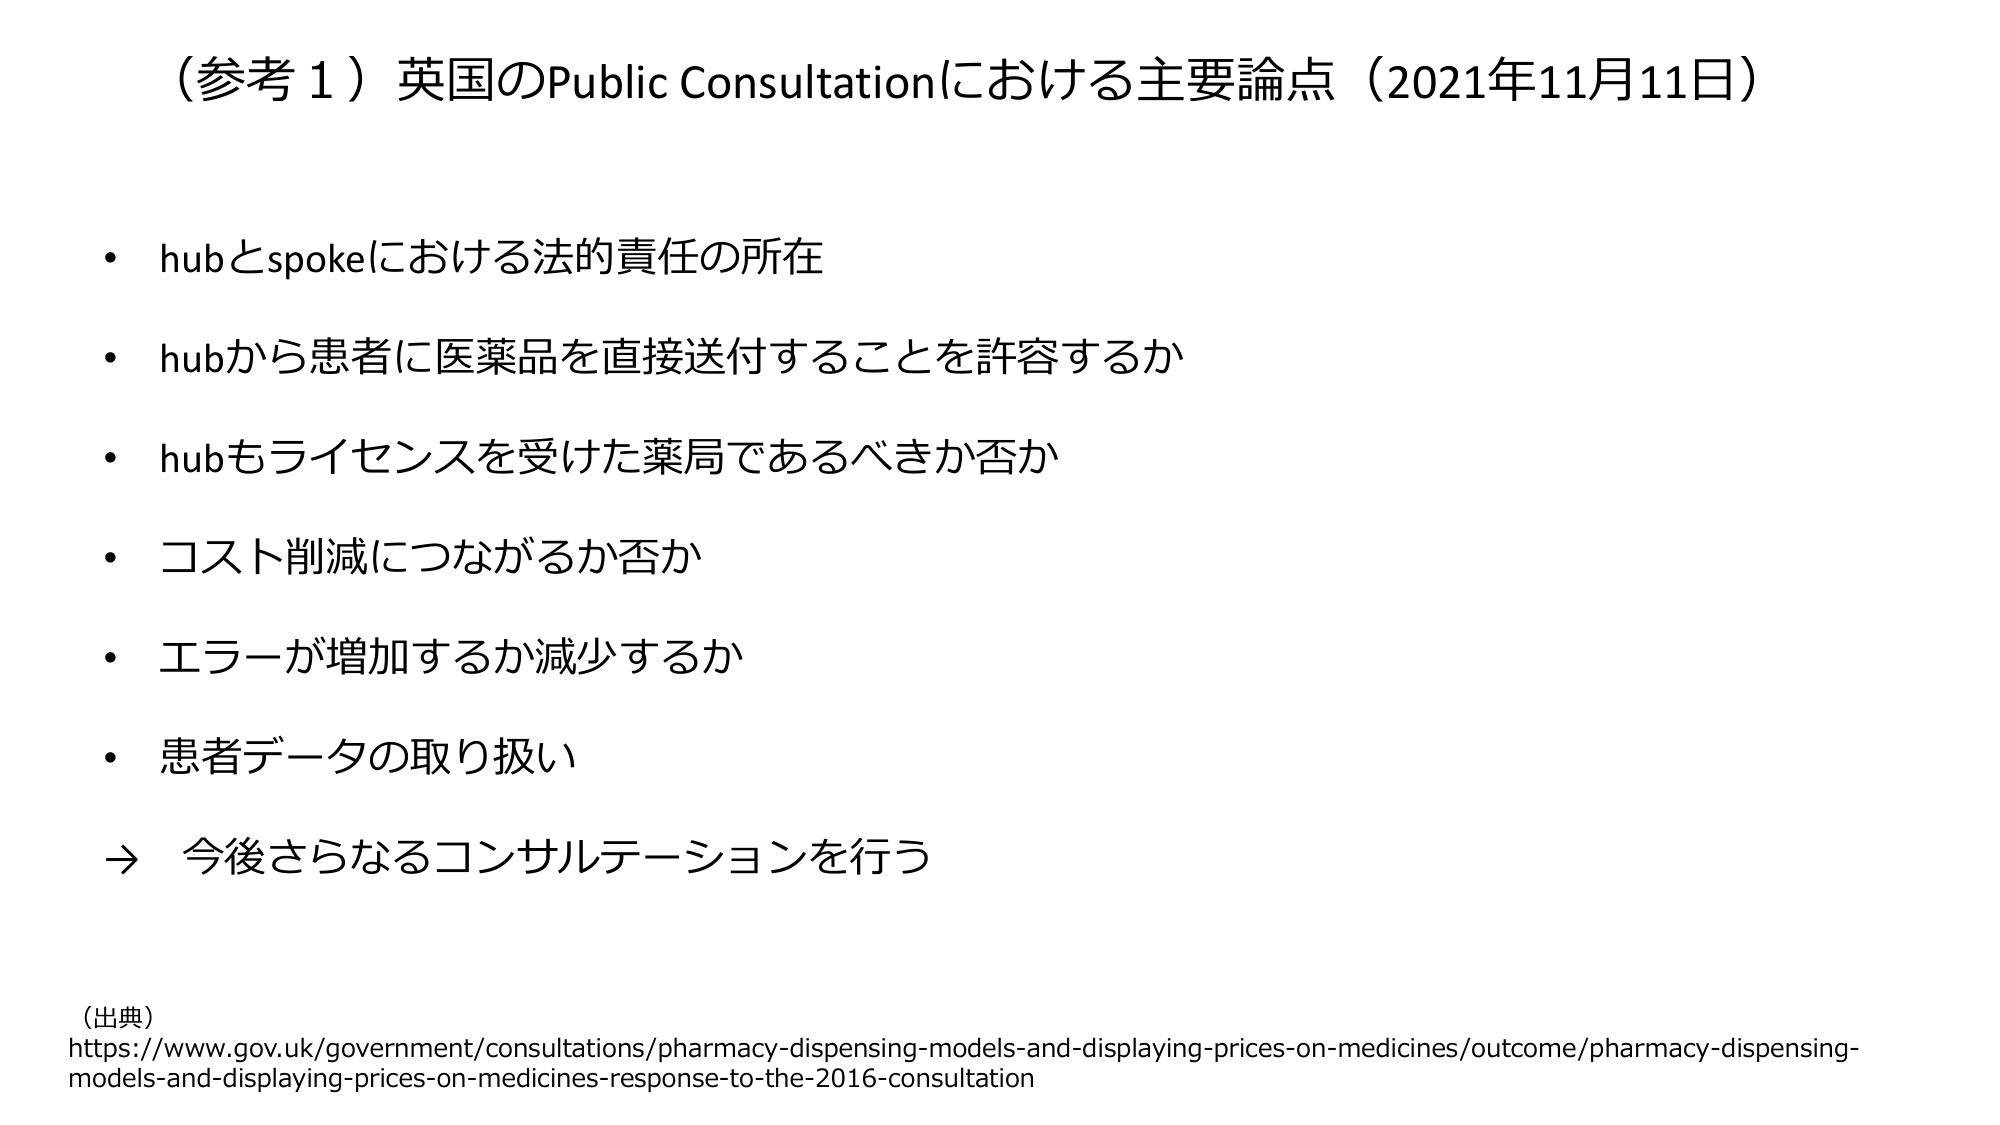
（参考１）英国のPublic Consultationにおける主要論点（2021年11月11日）

• hubとspokeにおける法的責任の所在
• hubから患者に医薬品を直接送付することを許容するか
• hubもライセンスを受けた薬局であるべきか否か
• コスト削減につながるか否か
• エラーが増加するか減少するか
• 患者データの取り扱い
→ 今後さらなるコンサルテーションを行う

（出典）
https://www.gov.uk/government/consultations/pharmacy-dispensing-models-and-displaying-prices-on-medicines/outcome/pharmacy-dispensing-models-and-displaying-prices-on-medicines-response-to-the-2016-consultation